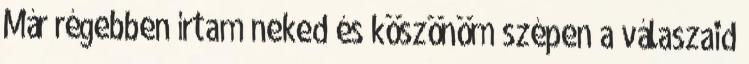
Már régebben írtam neked és köszönöm szépen a válaszaid